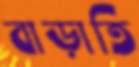
বাড়াতি